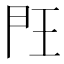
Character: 𰀤